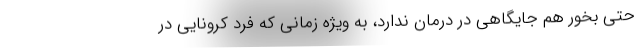
حتی بخور هم جایگاهی در درمان ندارد، به ویژه زمانی که فرد کرونایی در